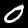
Digit: 0